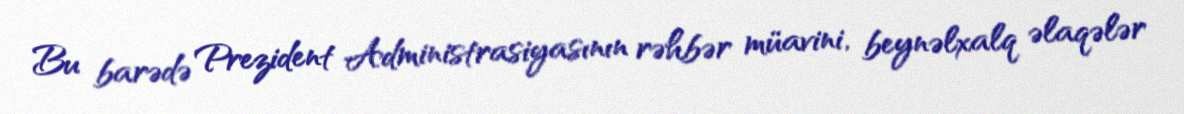
Bu barədə Prezident Administrasiyasının rəhbər müavini, beynəlxalq əlaqələr